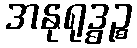
အနုရုဒ္ဓဉ္စ